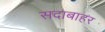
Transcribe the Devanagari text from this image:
सदाबाहर